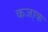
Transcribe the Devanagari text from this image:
कजा़क